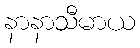
နာနာသီမာယ